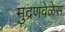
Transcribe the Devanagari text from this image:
मुद्रणवेळेस